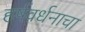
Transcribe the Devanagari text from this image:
हर्षवर्धनाचा